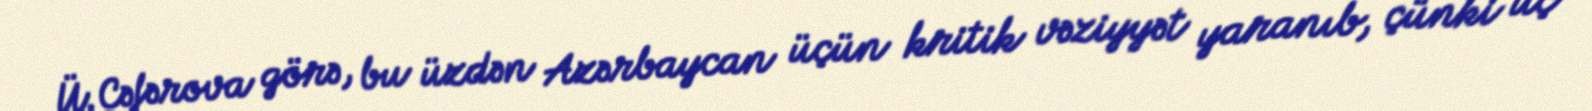
Ü.Cəfərova görə, bu üzdən Azərbaycan üçün kritik vəziyyət yaranıb, çünki üç